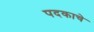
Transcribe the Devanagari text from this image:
पदकाचे